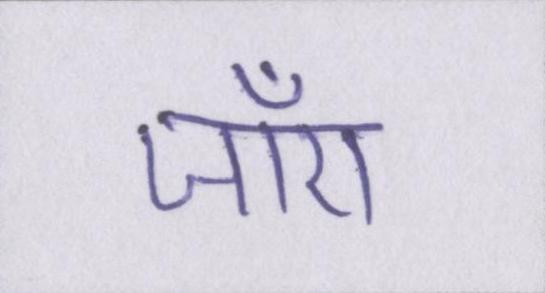
जाँए